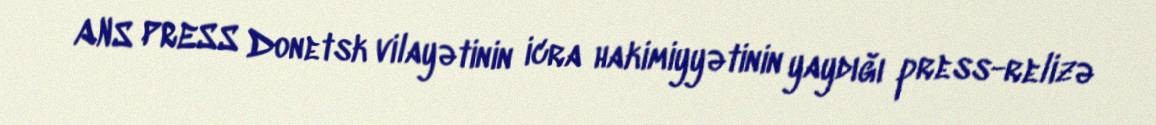
ANS PRESS Donetsk vilayətinin icra hakimiyyətinin yaydığı press-relizə